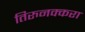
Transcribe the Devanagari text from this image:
तिरुनक्करा